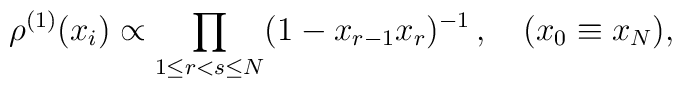
\rho^{(1)}(x_i)\propto \prod_{1\leq r<s\leq N} (1 - x_{r-1}x_r)^{-1}	\,, \quad(x_0\equiv x_N),